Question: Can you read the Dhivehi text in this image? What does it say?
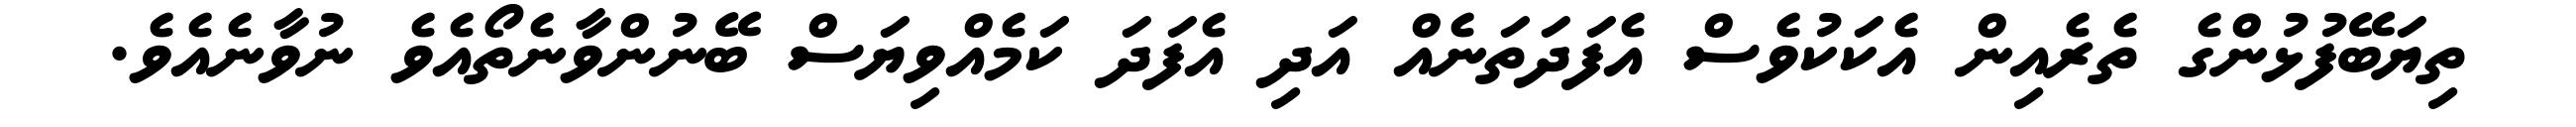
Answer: ތިޔަބޭފުޅުންގެ ތެރެއިން އެކަކުވެސް އެފަދަތަނެއް އަދި އެފަދަ ކަމެއްވިޔަސް ބޭނުންވާނެތޯއެވެ ނުވާނެއެވެ.